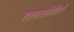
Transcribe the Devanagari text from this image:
खलाशीगिरी